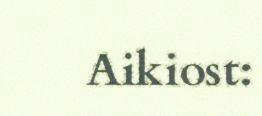
Aikiost: